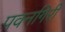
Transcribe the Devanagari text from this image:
पवनगिरी